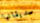
صديقاتها